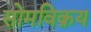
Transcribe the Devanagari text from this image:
सोमविक्रय